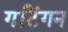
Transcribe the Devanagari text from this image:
गटिंगन